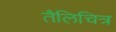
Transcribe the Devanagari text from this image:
तैलिचित्र